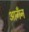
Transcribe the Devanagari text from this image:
आगँन